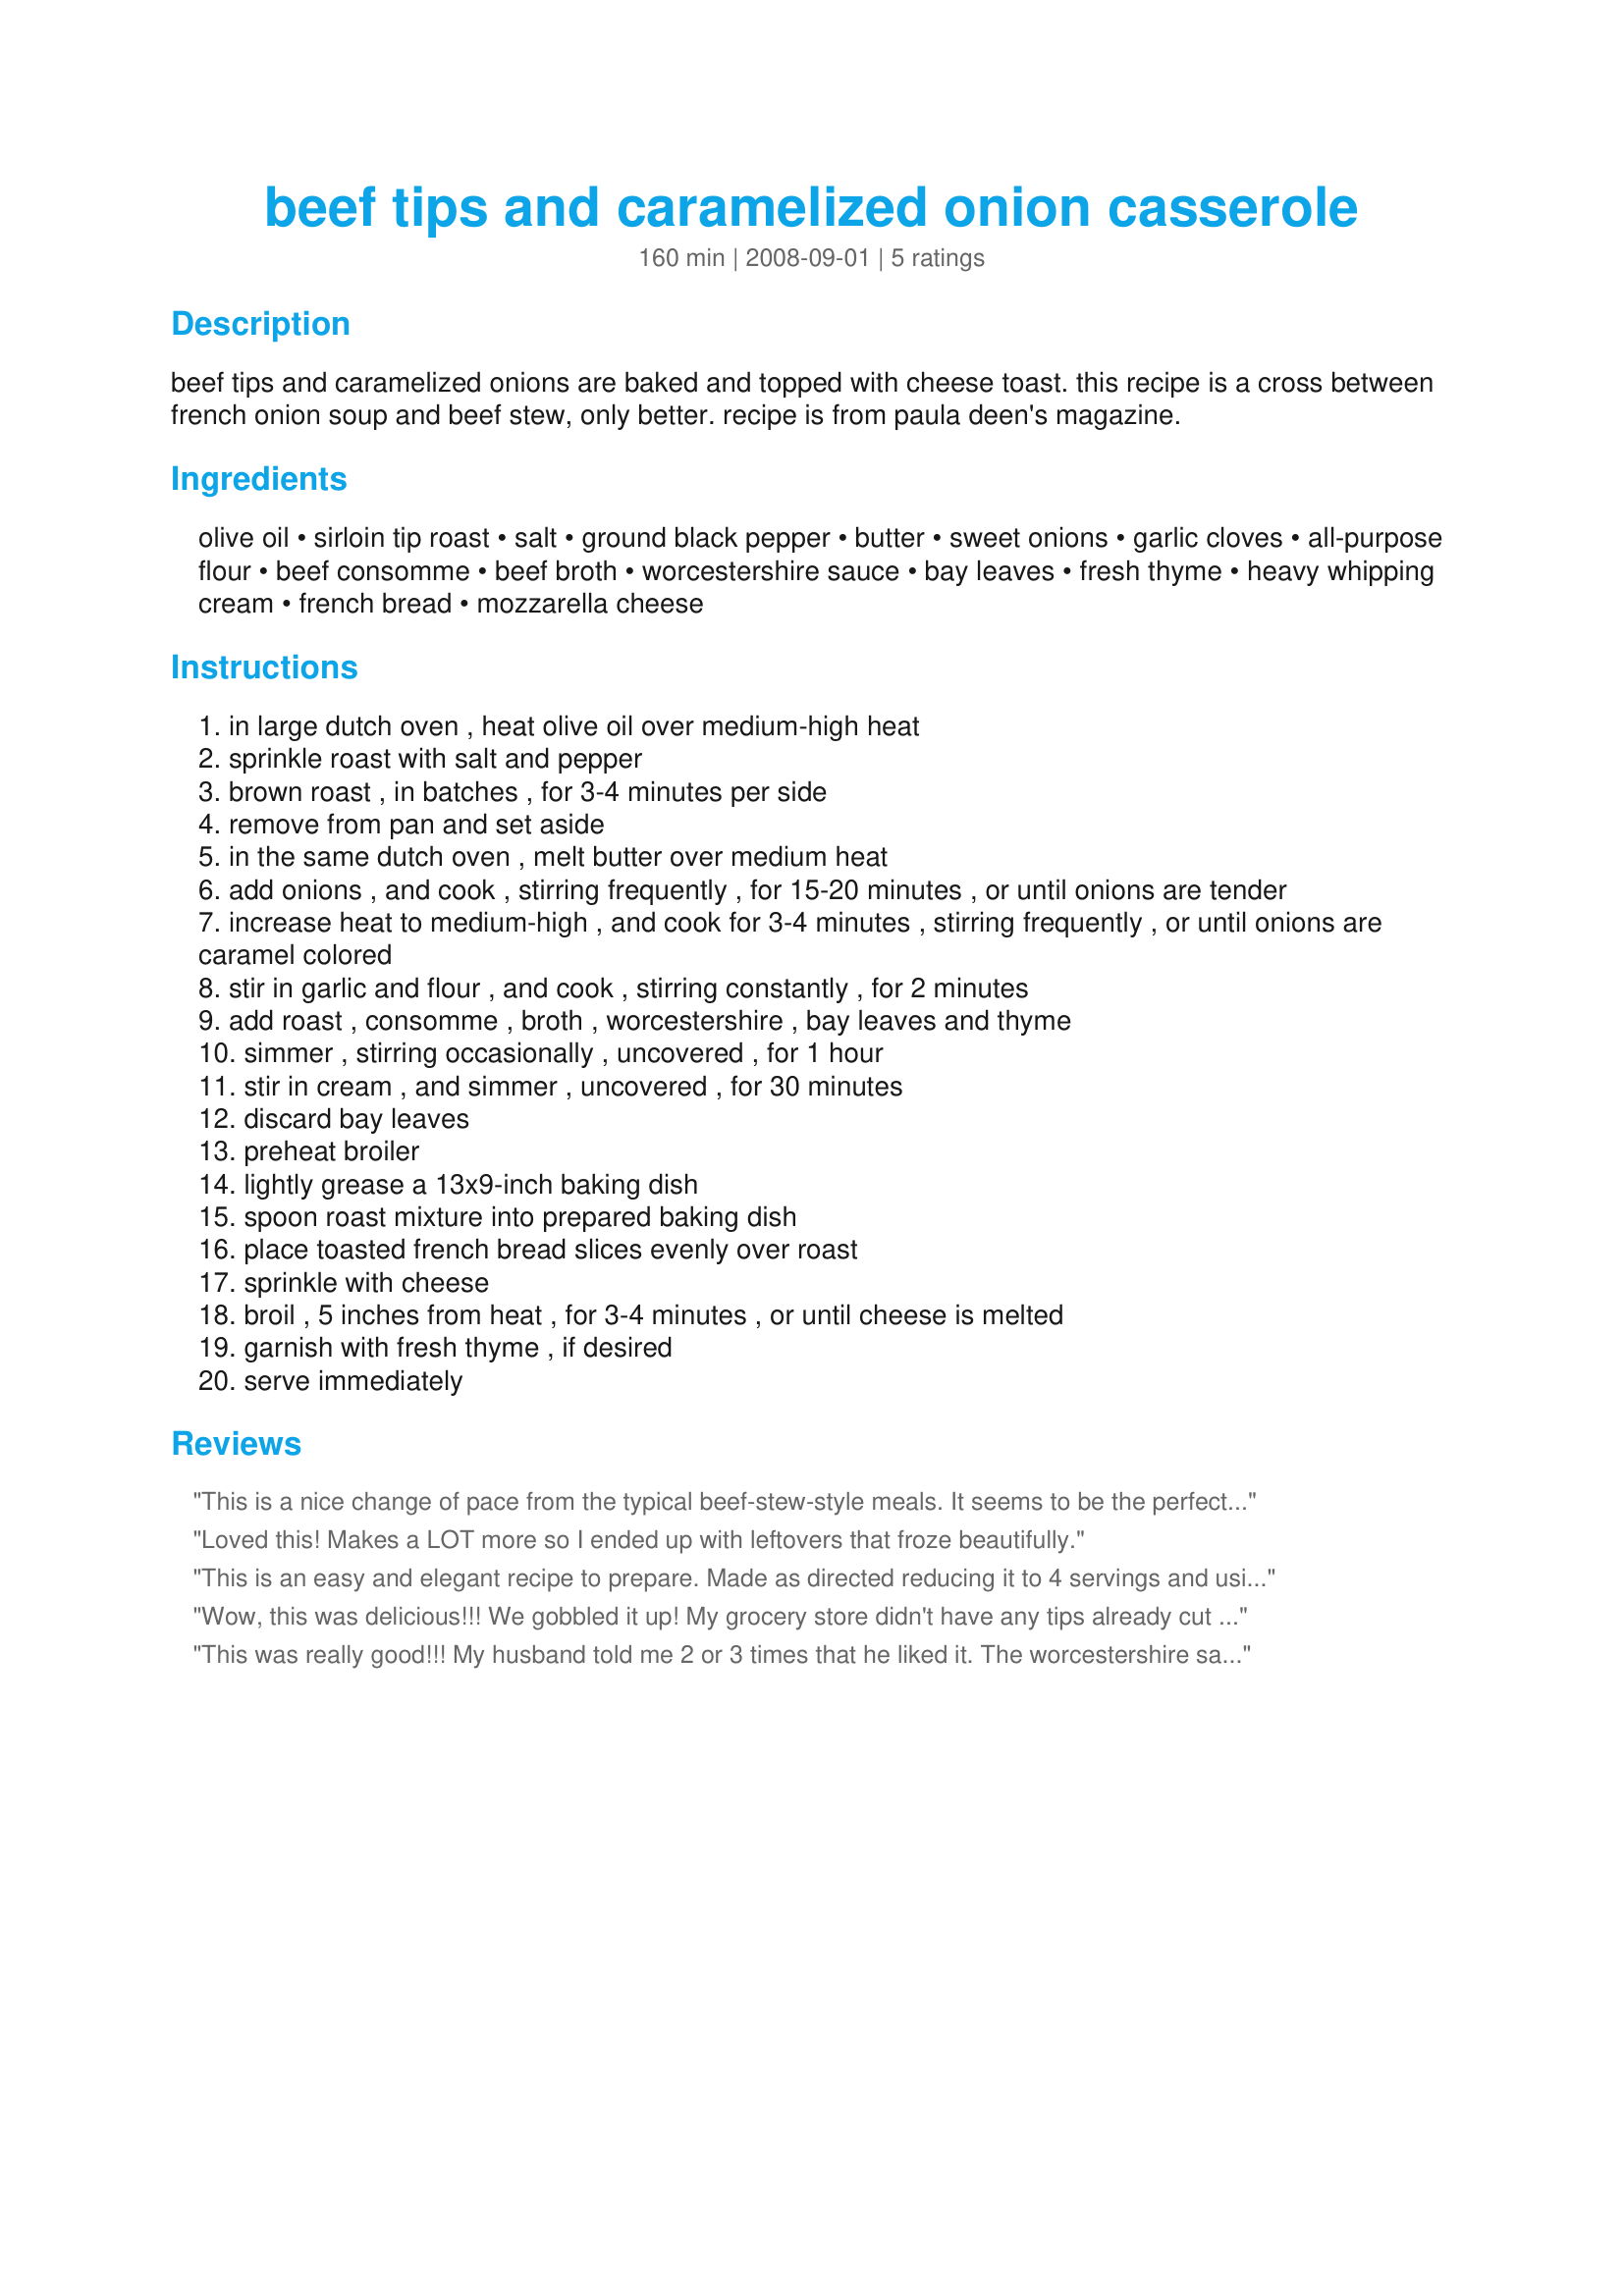
beef tips and caramelized onion casserole
Preparation time: 160 minutes

beef tips and caramelized onions are baked and topped with cheese toast. this recipe is a cross between french onion soup and beef stew, only better. recipe is from paula deen's magazine.

Ingredients:
olive oil, sirloin tip roast, salt, ground black pepper, butter, sweet onions, garlic cloves, all-purpose flour, beef consomme, beef broth, worcestershire sauce, bay leaves, fresh thyme, heavy whipping cream, french bread, mozzarella cheese

Steps:
in large dutch oven , heat olive oil over medium-high heat
sprinkle roast with salt and pepper
brown roast , in batches , for 3-4 minutes per side
remove from pan and set aside
in the same dutch oven , melt butter over medium heat
add onions , and cook , stirring frequently , for 15-20 minutes , or until onions are tender
increase heat to medium-high , and cook for 3-4 minutes , stirring frequently , or until onions are caramel colored
stir in garlic and flour , and cook , stirring constantly , for 2 minutes
add roast , consomme , broth , worcestershire , bay leaves and thyme
simmer , stirring occasionally , uncovered , for 1 hour
stir in cream , and simmer , uncovered , for 30 minutes
discard bay leaves
preheat broiler
lightly grease a 13x9-inch baking dish
spoon roast mixture into prepared baking dish
place toasted french bread slices evenly over roast
sprinkle with cheese
broil , 5 inches from heat , for 3-4 minutes , or until cheese is melted
garnish with fresh thyme , if desired
serve immediately

Reviews:
This is a nice change of pace from the typical beef-stew-style meals. It seems to be the perfect blend of ingredients. I was disappointed, though, that the onions really didn't carmelize as I had hoped, so it did not have quite the appearance of French Onion Soup. It was still quite tasty, though! Made for Please Review My Recipe Tag Game.
Loved this! Makes a LOT more so I ended up with leftovers that froze beautifully.
This is an easy and elegant recipe to prepare. Made as directed reducing it to 4 servings and using regular toast. This is a good dish, but could use a bit more seasoning and I think next time I would cook it covered or do as strips because the beef (which we got fresh from the butcher yesterday) was a little tough. This is a great recipe that we feel just needs a bit of tweeking.
Wow, this was delicious!!! We gobbled it up! My grocery store didn't have any tips already cut so I had to buy the whole roast and cut it myself. I cut the recipe in half as I was cooking for 2. The gravy is to die for! I will definitely make this again and again! Thanks for sharing!
This was really good!!! My husband told me 2 or 3 times that he liked it. The worcestershire sauce adds a delicious richness in this dish. Be sure to keep a watchful eye on this when it is under the broiler, it could get a little darker then you want. I can't wait to make this again for guest someday. I know they will flip over the flavor. Made for *Gimme 5 Recipe Tag 2009* game
